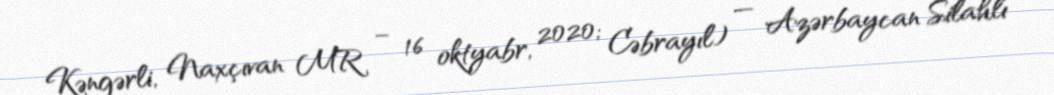
Kəngərli, Naxçıvan MR – 16 oktyabr, 2020; Cəbrayıl) — Azərbaycan Silahlı